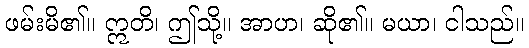
ဖမ်းမိ၏။ ဣတိ၊ ဤသို့။ အာဟ၊ ဆို၏။ မယာ၊ ငါသည်။